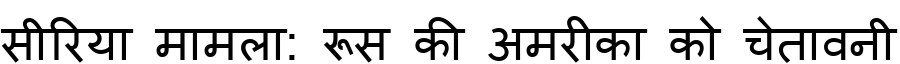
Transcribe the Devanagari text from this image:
सीरिया मामला: रूस की अमरीका को चेतावनी